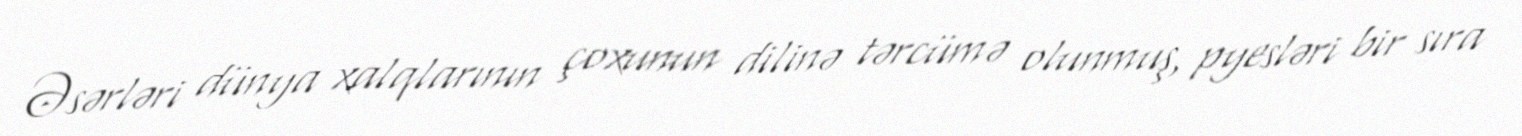
Əsərləri dünya xalqlarının çoxunun dilinə tərcümə olunmuş, pyesləri bir sıra